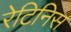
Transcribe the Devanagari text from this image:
रेटिनिस